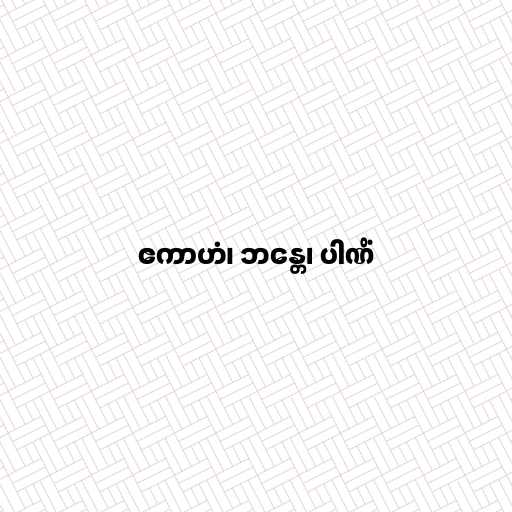
ဧကာဟံ၊ ဘန္တေ၊ ပါဏိံ